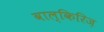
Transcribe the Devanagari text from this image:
वाल्किरिज़